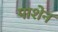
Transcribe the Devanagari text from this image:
पाशेन